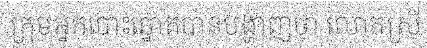
ក្រុមអ្នកបោះឆ្នោតបានបង្ហាញថា លោកស្រី